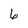
Character: 6